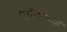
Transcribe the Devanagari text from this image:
सुनीलभाई